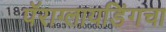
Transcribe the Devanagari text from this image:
पॅराग्लायडिंगचा